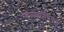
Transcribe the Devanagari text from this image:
हल्ल्यांविरुद्ध